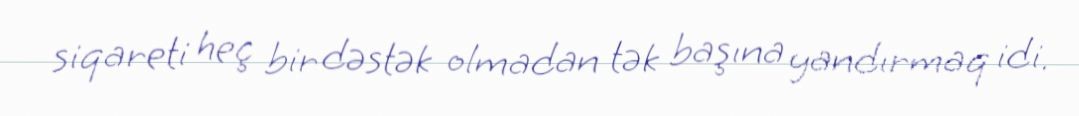
siqareti heç bir dəstək olmadan tək başına yandırmaq idi.